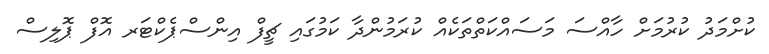
ކުށްމަދު ކުރުމަށް ހާއްސަ މަސައްކަތްތަކެއް ކުރަމުންދާ ކަމުގައި ޗީފް އިންސްޕެކްޓަރ އޮފް ޕޮލިސް